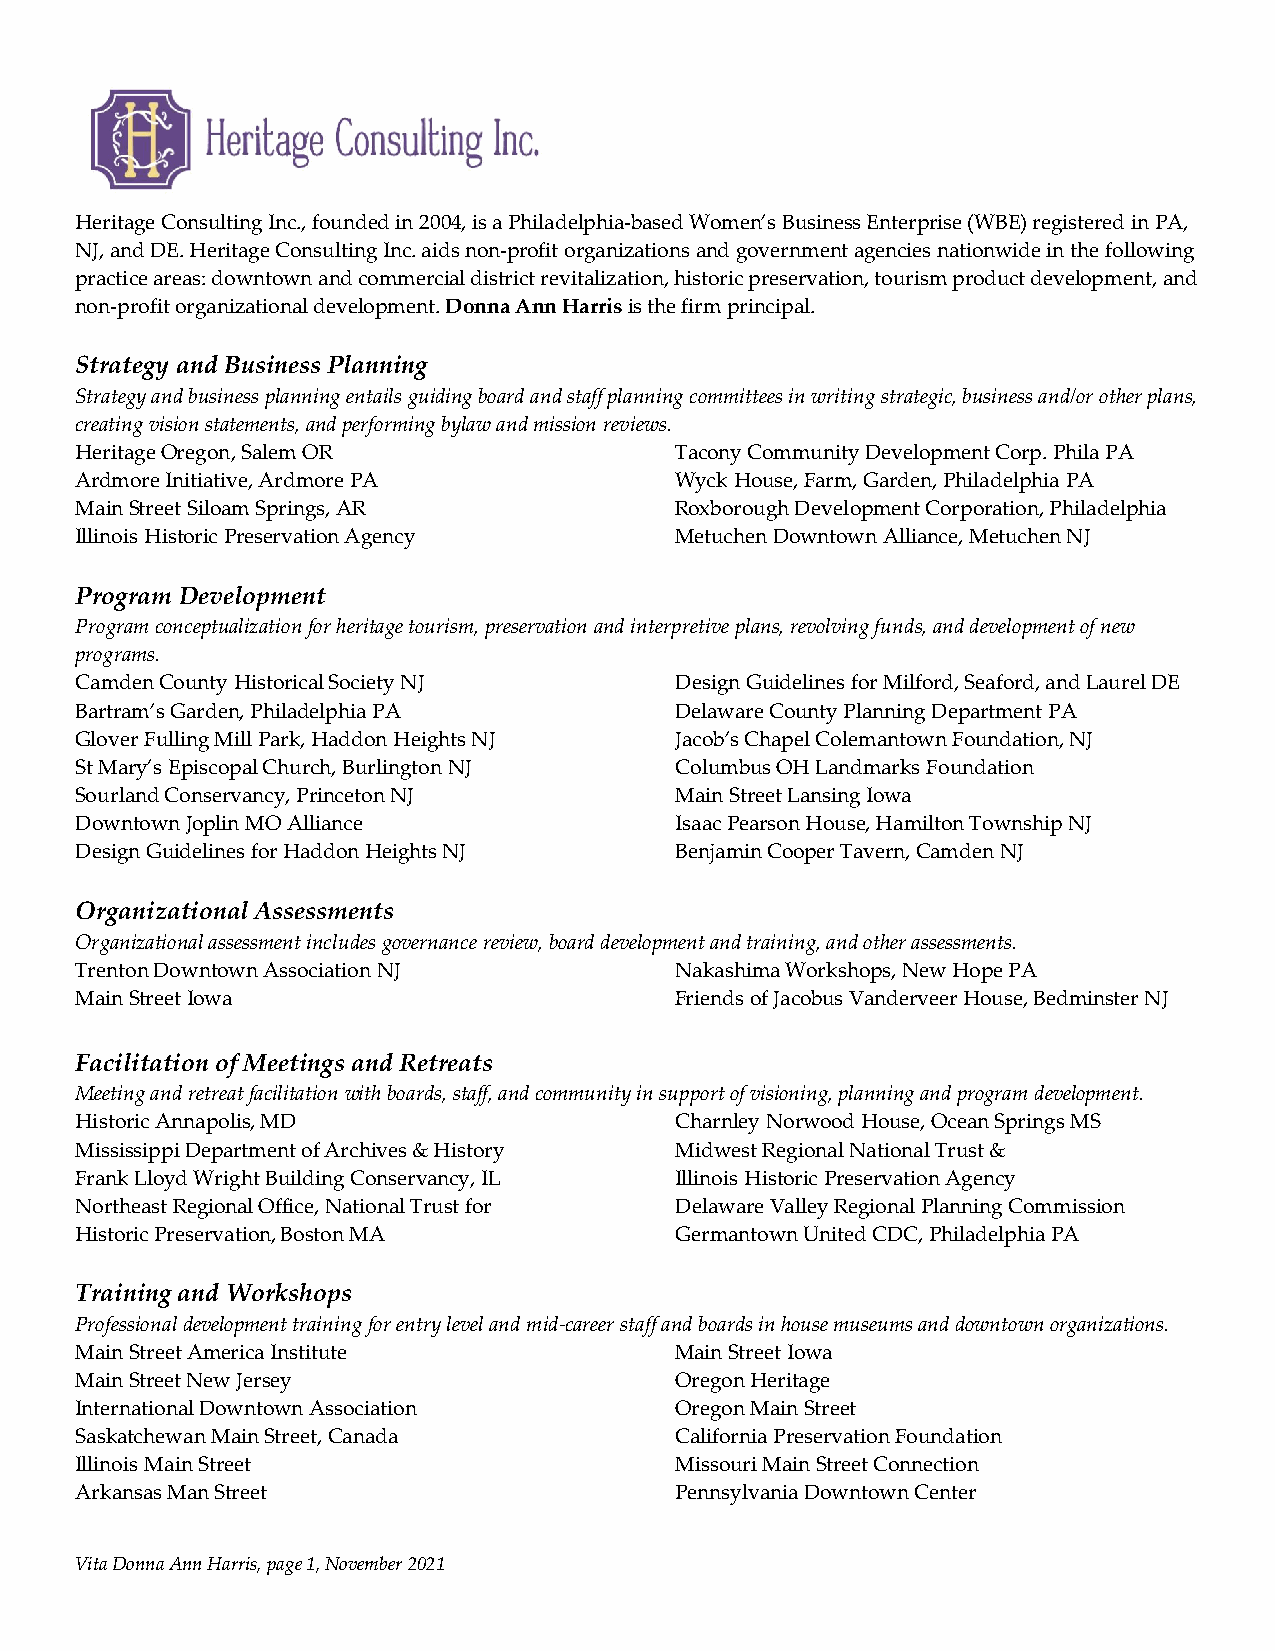
Heritage Consulting Inc., founded in 2004, is a Philadelphia-based Women’s Business Enterprise (WBE) registered in PA,
 NJ, and DE. Heritage Consulting Inc. aids non-profit organizations and government agencies nationwide in the following
 practice areas: downtown and commercial district revitalization, historic preservation, tourism product development, and
 non-profit organizational development. Donna Ann Harris is the firm principal.
 Strategy and Business Planning
 Strategy and business planning entails guiding board and staff planning committees in writing strategic, business and/or other plans,
 creating vision statements, and performing bylaw and mission reviews.
 Heritage Oregon, Salem OR               Tacony Community Development Corp. Phila PA
 Ardmore Initiative, Ardmore PA          Wyck House, Farm, Garden, Philadelphia PA
 Main Street Siloam Springs, AR          Roxborough Development Corporation, Philadelphia
 Illinois Historic Preservation Agency   Metuchen Downtown Alliance, Metuchen NJ
 Program Development
 Program conceptualization for heritage tourism, preservation and interpretive plans, revolving funds, and development of new
 programs.
 Camden County Historical Society NJ     Design Guidelines for Milford, Seaford, and Laurel DE
 Bartram’s Garden, Philadelphia PA       Delaware County Planning Department PA
 Glover Fulling Mill Park, Haddon Heights NJ Jacob’s Chapel Colemantown Foundation, NJ
 St Mary’s Episcopal Church, Burlington NJ Columbus OH Landmarks Foundation
 Sourland Conservancy, Princeton NJ      Main Street Lansing Iowa
 Downtown Joplin MO Alliance             Isaac Pearson House, Hamilton Township NJ
 Design Guidelines for Haddon Heights NJ B e n j a m i n Cooper Tavern, Camden NJ
 Organizational Assessments
 Organizational assessment includes governance review, board development and training, and other assessments.
 Trenton Downtown Association NJ         Nakashima Workshops, New Hope PA
 Main Street Iowa                        Friends of Jacobus Vanderveer House, Bedminster NJ
 Facilitation of Meetings and Retreats
 Meeting and retreat facilitation with boards, staff, and community in support of visioning, planning and program development.
 Historic Annapolis, MD                  Charnley Norwood House, Ocean Springs MS
 Mississippi Department of Archives & History Midwest Regional National Trust &
 Frank Lloyd Wright Building Conservancy, IL Illinois Historic Preservation Agency
 Northeast Regional Office, National Trust for Delaware Valley Regional Planning Commission
 Historic Preservation, Boston MA        Germantown United CDC, Philadelphia PA
 Training and Workshops
 Professional development training for entry level and mid-career staff and boards in house museums and downtown organizations.
 Main Street America Institute           Main Street Iowa
 Main Street New Jersey                  Oregon Heritage
 International Downtown Association      Oregon Main Street
 Saskatchewan Main Street, Canada        California Preservation Foundation
 Illinois Main Street                    Missouri Main Street Connection
 Arkansas Man Street                     Pennsylvania Downtown Center
 Vita Donna Ann Harris, page 1, November 2021